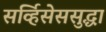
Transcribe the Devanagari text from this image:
सर्व्हिसेससुद्धा